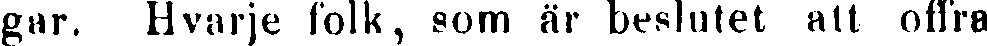
gar. Hvarje folk, som är beslutet att offra